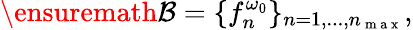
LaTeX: \ensuremath{{\cal B}}=\{ f_{n}^{\omega_{0}}\} _{n=1,...,n_{\mathrm{~m~a~x~}}},